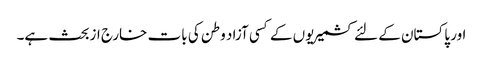
اور پاکستان کے لئے کشمیریوں کے کسی آزاد وطن کی بات خارج ازبحث ہے۔